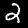
Digit: 2